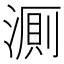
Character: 𬈦